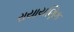
રાયાયણિક